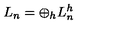
L _ { n } = \displaystyle \oplus _ { h } L _ { n } ^ { h }